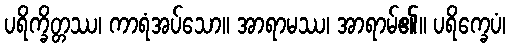
ပရိက္ခိတ္တဿ၊ ကာရံအပ်သော။ အာရာမဿ၊ အာရာမ်၏။ ပရိက္ခေပံ၊